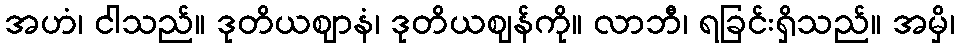
အဟံ၊ ငါသည်။ ဒုတိယဈာနံ၊ ဒုတိယဈန်ကို။ လာဘီ၊ ရခြင်းရှိသည်။ အမှိ၊